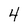
Character: 4